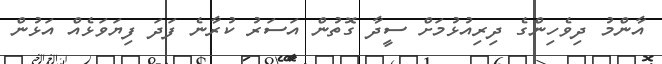
އާންމު ދިވެހިންގެ ދިރިއުޅުމަށް ސީދާ ގޮތުން އަސަރު ކުރާނެ ފަދަ ފިޔަވަޅެއް އަޅުން